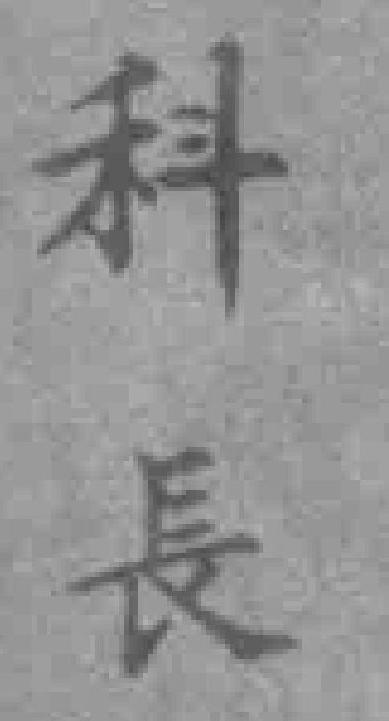
科長